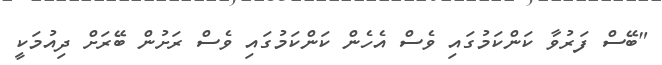
"ބޭސް ފަރުވާ ކަންކަމުގައި ވެސް އެހެން ކަންކަމުގައި ވެސް ރަށުން ބޭރަށް ދިއުމަކީ